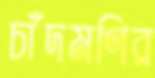
চাঁদমণির